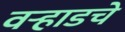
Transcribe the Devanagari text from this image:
वऱ्हाडचे